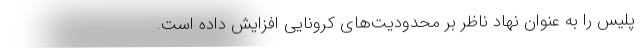
پلیس را به عنوان نهاد ناظر بر محدودیت‌های کرونایی افزایش داده است.